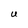
Character: U